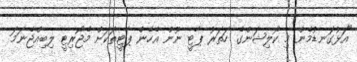
"އަޅުގަނޑުމެން މި ކޯލިޝަންގެ ހަތަރު ޕާޓީ ނޫން އެހެން ޕާޓީތަކަށް މެޖޯރިޓީ ލިބިއްޖެނަމަ